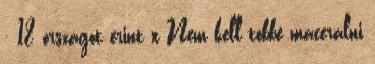
- 18 országot érint x Nem kell többé macerálni